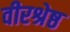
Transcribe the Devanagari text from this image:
वीरश्रेष्ठ